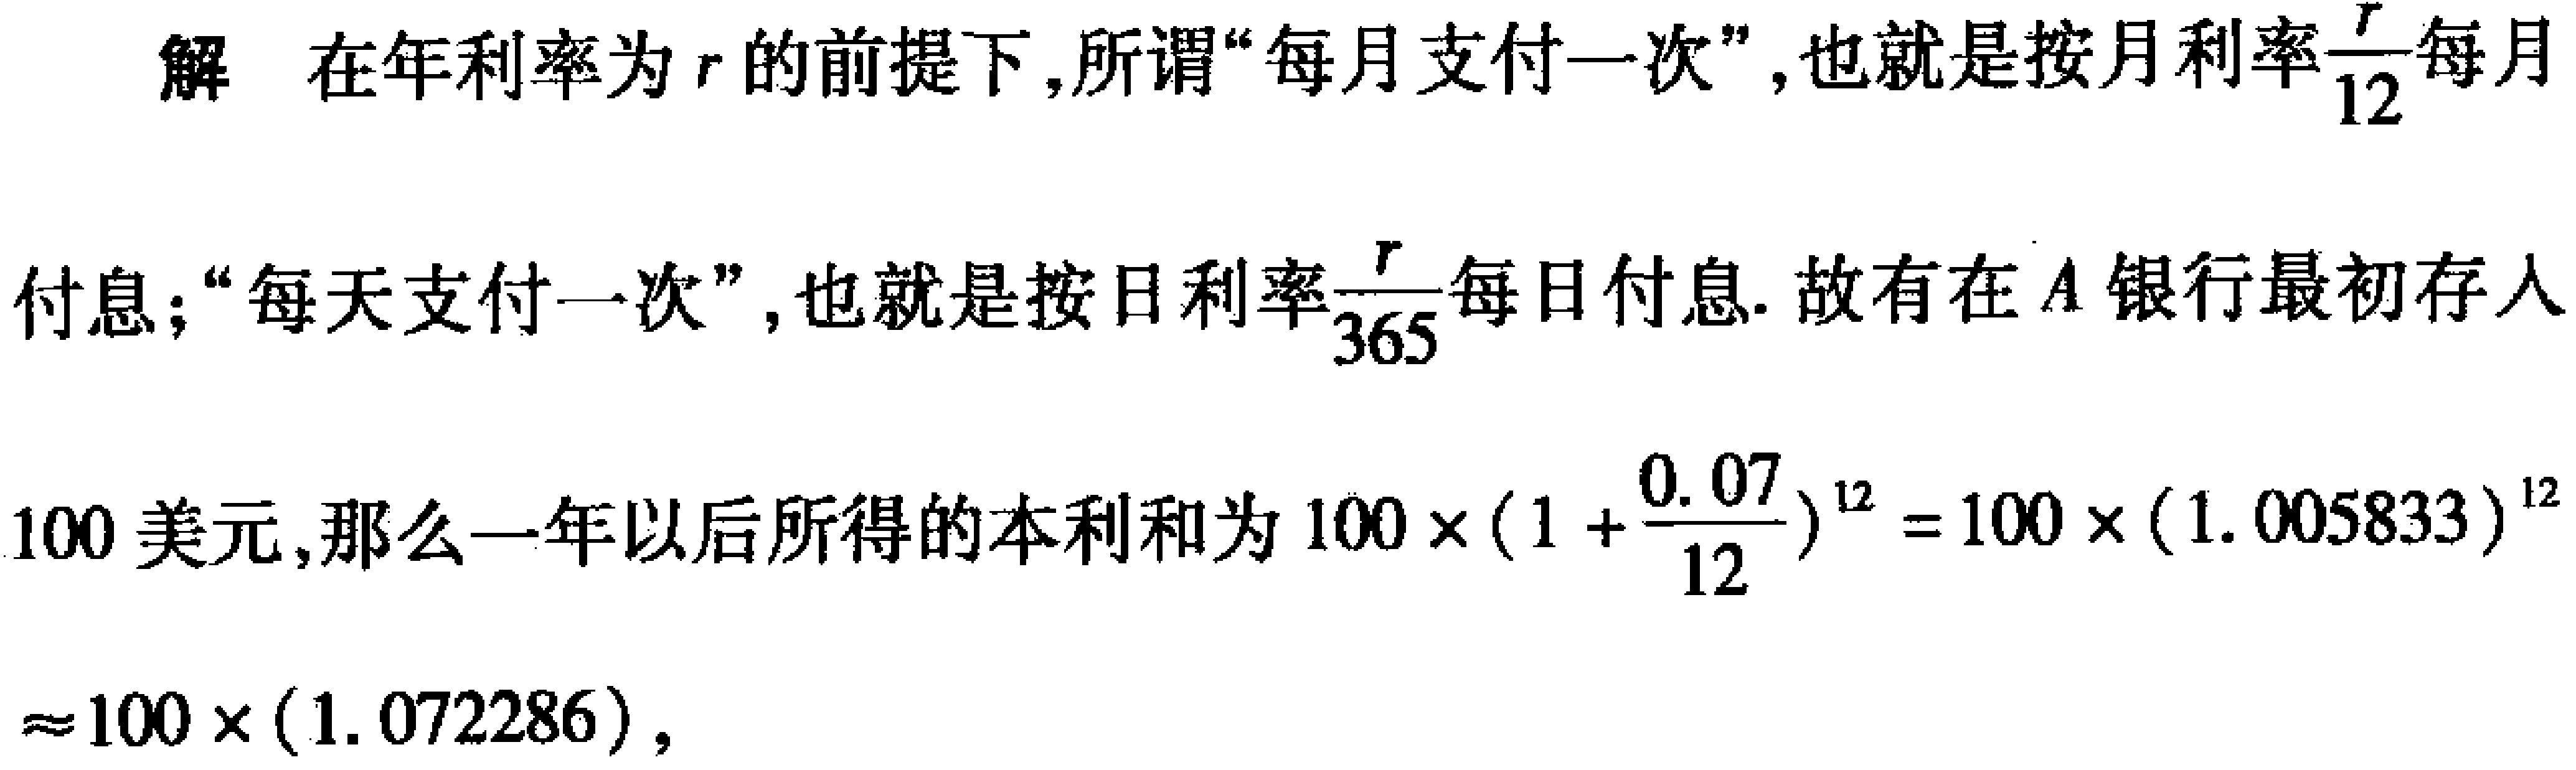
解 在年利率为\(r\)的前提下,所谓“每月支付一次”,也就是按月利率\(\frac{r}{12}\)每月付息;“每天支付一次”,也就是按日利率\(\frac{r}{365}\)每日付息. 故有在\(A\)银行最初存人100美元,那么一年以后所得的本利和为\(100\times(1 + \frac{0.07}{12})^{12}=100\times(1.005833)^{12}\approx100\times(1.072286)\),